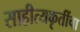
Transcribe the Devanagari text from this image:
साहीत्यकृतींचा